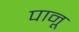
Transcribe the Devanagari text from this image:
पानू